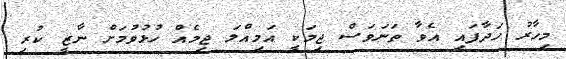
މިހާރު ހަދާފައި އެވާ ތަނަވަސް ޖިމަކީ އަމިއްލަ ޖިމެއް ހުޅުވުމަށް ނާޒީ ކުރި